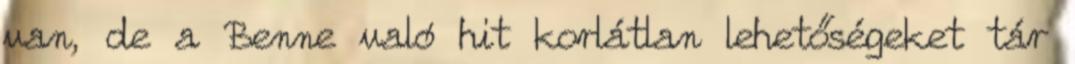
van, de a Benne való hit korlátlan lehetőségeket tár